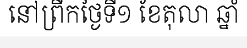
នៅព្រឹកថ្ងៃទី១ ខែតុលា ឆ្នាំ